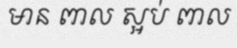
មាន ពាល ស្អប់ ពាល